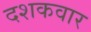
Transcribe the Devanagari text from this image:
दशकवार